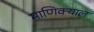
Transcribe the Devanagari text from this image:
माणिक्याल